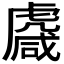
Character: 𧇱